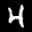
Label: 4